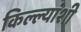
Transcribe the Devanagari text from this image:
किल्ल्यांशी